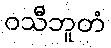
ဝသီဘူတံ